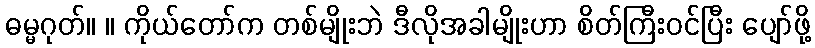
ဓမ္မဂုတ်။ ။ ကိုယ်တော်က တစ်မျိုးဘဲ ဒီလိုအခါမျိုးဟာ စိတ်ကြီးဝင်ပြီး ပျော်ဖို့